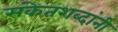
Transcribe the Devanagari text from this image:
संकेतशब्दांनी